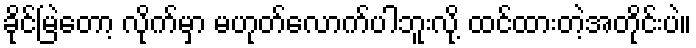
ခိုင်မြဲတော့ လိုက်မှာ မဟုတ်လောက်ပါဘူးလို့ ထင်ထားတဲ့အတိုင်းပဲ။